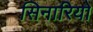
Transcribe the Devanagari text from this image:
सिनारियो